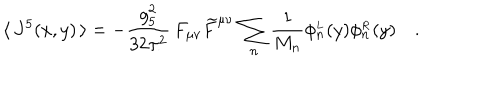
\langle \, J ^ { 5 } ( x , y ) \, \rangle = - \frac { g _ { 5 } ^ { 2 } } { 3 2 \pi ^ { 2 } } \, F _ { \mu \nu } \widetilde { F } ^ { \mu \nu } \, \sum _ { n } \frac { 1 } { M _ { n } } \phi _ { n } ^ { { } _ { L } } ( y ) \phi _ { n } ^ { { } _ { R } } ( y ) \quad .